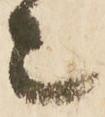
々